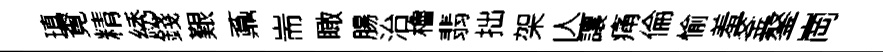
瑱覔精綉錢艱鼒耑瞰腸治櫓翡拙架亾讓痛倫愉羞釜鏊崗